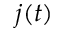
j ( t )